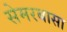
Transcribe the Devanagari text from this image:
सेमरबासा